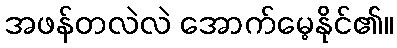
အဖန်တလဲလဲ အောက်မေ့နိုင်၏။